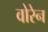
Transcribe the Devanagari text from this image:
वोरेन